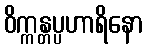
ဝိက္ကန္တပ္ပဟာရိနော